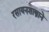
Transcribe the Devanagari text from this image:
रसायनशास्त्राने